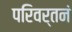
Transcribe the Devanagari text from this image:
परिवर्तनं